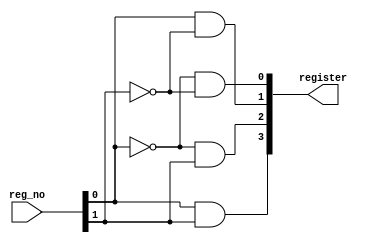
module dec_2x4(register, reg_no);
	output [3:0] register;
	input [1:0] reg_no;
	wire n0,n1;
	not (n0, reg_no[0]);
	not (n1, reg_no[1]);
	and (register[3],reg_no[0],reg_no[1]);
	and (register[1],reg_no[0],n1);
	and (register[2],n0,reg_no[1]);
	and (register[0],n0,n1);
endmodule